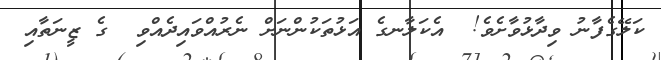
ކަލޭގެފާނު ވިދާޅުވާށެވެ!  އެކަލާނގެ އަޅުތަކުންނަށް ނެރުއްވައިދެއްވި  ގެ ޒީނަތާއި